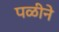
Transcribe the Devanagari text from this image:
पळीने